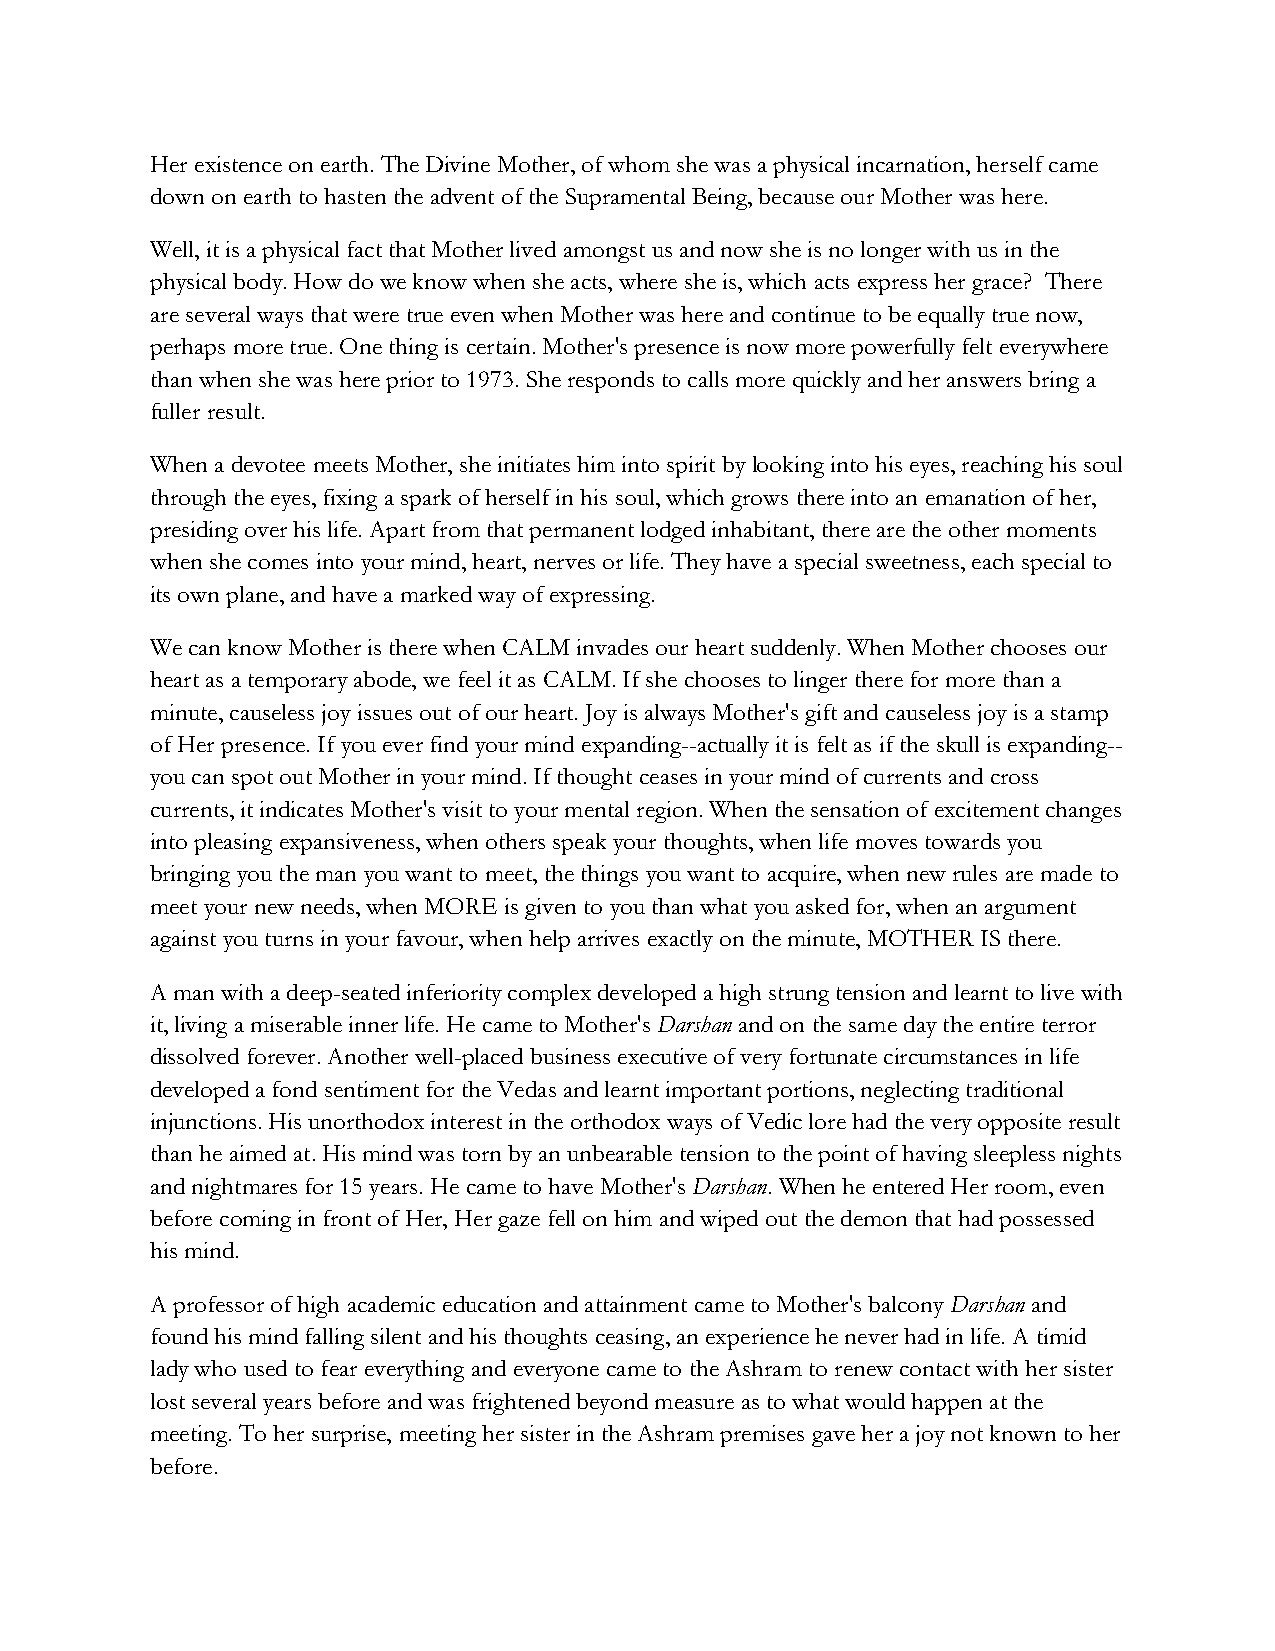
Her existence on earth. The Divine Mother, of whom she was a physical incarnation, herself came
 down on earth to hasten the advent of the Supramental Being, because our Mother was here.
 Well, it is a physical fact that Mother lived amongst us and now she is no longer with us in the
 physical body. How do we know when she acts, where she is, which acts express her grace? There
 are several ways that were true even when Mother was here and continue to be equally true now,
 perhaps more true. One thing is certain. Mother's presence is now more powerfully felt everywhere
 than when she was here prior to 1973. She responds to calls more quickly and her answers bring a
 fuller result.
 When a devotee meets Mother, she initiates him into spirit by looking into his eyes, reaching his soul
 through the eyes, fixing a spark of herself in his soul, which grows there into an emanation of her,
 presiding over his life. Apart from that permanent lodged inhabitant, there are the other moments
 when she comes into your mind, heart, nerves or life. They have a special sweetness, each special to
 its own plane, and have a marked way of expressing.
 We can know Mother is there when CALM invades our heart suddenly. When Mother chooses our
 heart as a temporary abode, we feel it as CALM. If she chooses to linger there for more than a
 minute, causeless joy issues out of our heart. Joy is always Mother's gift and causeless joy is a stamp
 of Her presence. If you ever find your mind expanding--actually it is felt as if the skull is expanding--
 you can spot out Mother in your mind. If thought ceases in your mind of currents and cross
 currents, it indicates Mother's visit to your mental region. When the sensation of excitement changes
 into pleasing expansiveness, when others speak your thoughts, when life moves towards you
 bringing you the man you want to meet, the things you want to acquire, when new rules are made to
 meet your new needs, when MORE is given to you than what you asked for, when an argument
 against you turns in your favour, when help arrives exactly on the minute, MOTHER IS there.
 A man with a deep-seated inferiority complex developed a high strung tension and learnt to live with
 it, living a miserable inner life. He came to Mother's Darshan and on the same day the entire terror
 dissolved forever. Another well-placed business executive of very fortunate circumstances in life
 developed a fond sentiment for the Vedas and learnt important portions, neglecting traditional
 injunctions. His unorthodox interest in the orthodox ways of Vedic lore had the very opposite result
 than he aimed at. His mind was torn by an unbearable tension to the point of having sleepless nights
 and nightmares for 15 years. He came to have Mother's Darshan. When he entered Her room, even
 before coming in front of Her, Her gaze fell on him and wiped out the demon that had possessed
 his mind.
 A professor of high academic education and attainment came to Mother's balcony Darshan and
 found his mind falling silent and his thoughts ceasing, an experience he never had in life. A timid
 lady who used to fear everything and everyone came to the Ashram to renew contact with her sister
 lost several years before and was frightened beyond measure as to what would happen at the
 meeting. To her surprise, meeting her sister in the Ashram premises gave her a joy not known to her
 before.